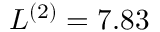
L ^ { ( 2 ) } = 7 . 8 3